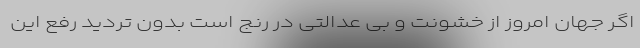
اگر جهان امروز از خشونت و بی عدالتی در رنج است بدون تردید رفع این